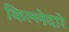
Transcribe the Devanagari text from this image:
किल्लेदारे